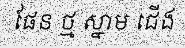
ផែន ថ្ម ស្នាម ជើង